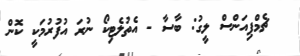
ޗެމްޕިއަންސް ލީގު: ބާސާ - އެތުލެޓިކޯ ނުރަ އުފުރުމަކީ ކޮން